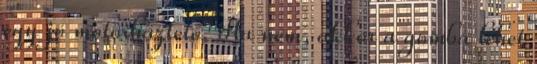
egy jó motorháztető. Ha nem, akkor a gomba lehet